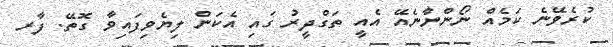
ކުރެވޭނެ ކަމެއް ނޯންނާނެއޭ އެއީ ތަގްދީރު ގައި އެކަން ލިޔެވިފައިވާ ގޮތޭ. ފާރ